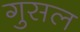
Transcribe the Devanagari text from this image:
गुसल